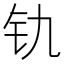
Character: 𫟲